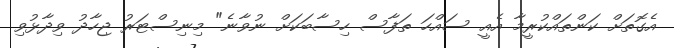
އެގޮތަށް ކަންތައްކުރީމާ އެއީ ސައްހަ ތަފާސް ހިސާބަކަށް ނުވާނެ" މިނިސްޓަރު ޖިހާދު ވިދާޅުވި